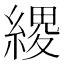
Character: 𦃩